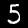
Label: 5